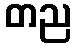
တည